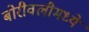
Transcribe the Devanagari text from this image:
बोरीवलीमध्ये